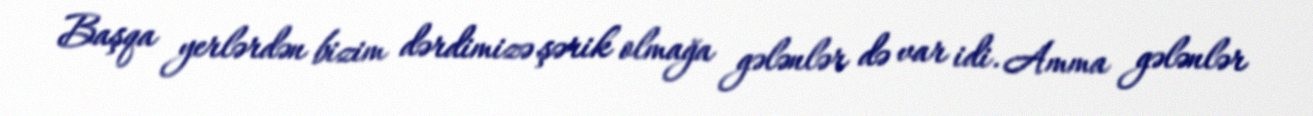
Başqa yerlərdən bizim dərdimizə şərik olmağa gələnlər də var idi. Amma gələnlər